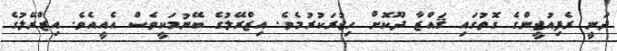
ދަނީ ރެފިއުޖީންގެ ގޮތުގައި ޤައްޒާ ދޫކޮށް ހިޖުރަކުރުމެވެ. އިޒްރޭލުގެ ބޭނުމަކީވެސް އެއީއެވެ. އިޒްރޭލުގެ